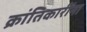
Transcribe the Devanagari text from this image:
क्रांतिकारींना